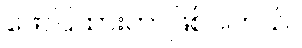
ဖော်ပြထားတာဖြစ်ပါတယ်။